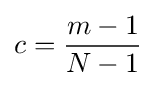
c={\frac {m-1}{N-1}}